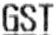
GST